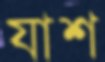
যাশ